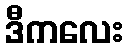
ဒီကလေး